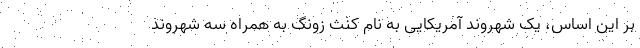
بر این اساس، یک شهروند آمریکایی به نام کنث زونگ به همراه سه شهروند